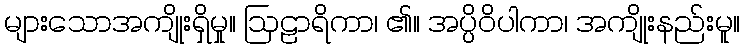
များသောအကျိုးရှိမှု။ ဩဠာရိကာ၊ ၏။ အပ္ပိဝိပါကာ၊ အကျိုးနည်းမူ။